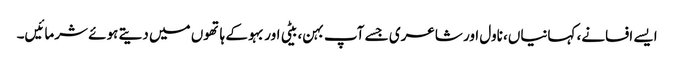
ایسے افسانے، کہانیاں، ناول اور شاعری جسے آپ بہن، بیٹی اور بہو کے ہاتھوں میں دیتے ہوئے شرمائیں۔